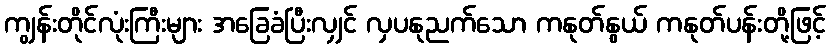
ကျွန်းတိုင်လုံးကြီးများ အခြေခံပြီးလျှင် လှပနုညက်သော ကနုတ်နွယ် ကနုတ်ပန်းတို့ဖြင့်